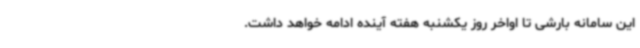
این سامانه بارشی تا اواخر روز یکشنبه هفته آینده ادامه خواهد داشت.